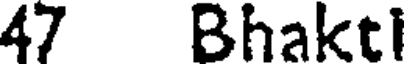
47 Bhaktl